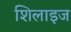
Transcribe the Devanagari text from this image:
शिलाइज